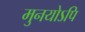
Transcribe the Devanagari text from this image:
मुनयोऽपि